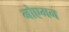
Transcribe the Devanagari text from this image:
नोएमन